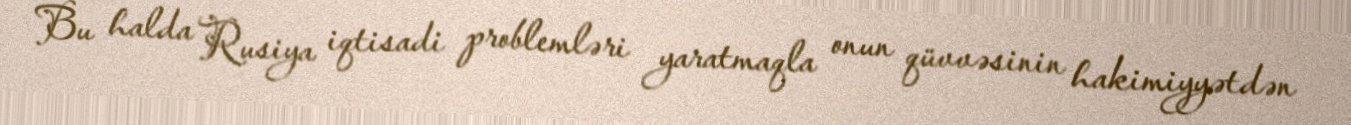
Bu halda Rusiya iqtisadi problemləri yaratmaqla onun qüvvəsinin hakimiyyətdən